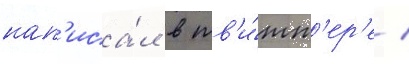
нап'иса́л в тв'и́тт'ер'е /